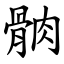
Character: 䯐